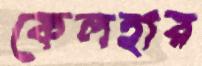
কেলহার